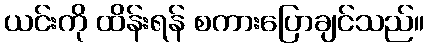
ယင်းကို ထိန်းရန် စကားပြောချင်သည်။